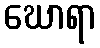
ဃောရာ